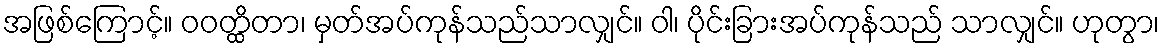
အဖြစ်ကြောင့်။ ဝဝတ္ထိတာ၊ မှတ်အပ်ကုန်သည်သာလျှင်။ ဝါ၊ ပိုင်းခြားအပ်ကုန်သည် သာလျှင်။ ဟုတွာ၊